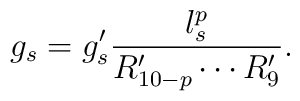
g_s = g_s^{\prime}    \frac{l_s^p}{R^{\prime}_{10-p} \cdots R^{\prime}_9} .